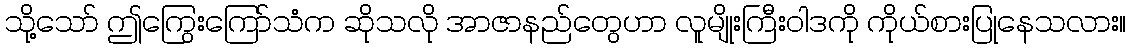
သို့သော် ဤကြွေးကြော်သံက ဆိုသလို အာဇာနည်တွေဟာ လူမျိုးကြီးဝါဒကို ကိုယ်စားပြုနေသလား။